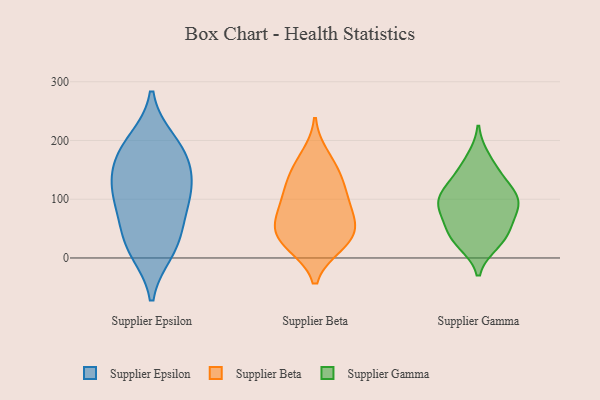
{"axis": {"x": "Bounce Rate (%)", "y": "Value"}, "legend": ["Supplier Beta", "Supplier Epsilon", "Supplier Gamma"], "data": [{"x": "", "y": 198, "type": "Supplier Epsilon"}, {"x": "", "y": 115, "type": "Supplier Epsilon"}, {"x": "", "y": 79, "type": "Supplier Epsilon"}, {"x": "", "y": 105, "type": "Supplier Epsilon"}, {"x": "", "y": 187, "type": "Supplier Epsilon"}, {"x": "", "y": 21, "type": "Supplier Epsilon"}, {"x": "", "y": 13, "type": "Supplier Epsilon"}, {"x": "", "y": 155, "type": "Supplier Epsilon"}, {"x": "", "y": 118, "type": "Supplier Epsilon"}, {"x": "", "y": 40, "type": "Supplier Epsilon"}, {"x": "", "y": 167, "type": "Supplier Epsilon"}, {"x": "", "y": 52, "type": "Supplier Beta"}, {"x": "", "y": 141, "type": "Supplier Beta"}, {"x": "", "y": 148, "type": "Supplier Beta"}, {"x": "", "y": 110, "type": "Supplier Beta"}, {"x": "", "y": 68, "type": "Supplier Beta"}, {"x": "", "y": 28, "type": "Supplier Beta"}, {"x": "", "y": 174, "type": "Supplier Beta"}, {"x": "", "y": 110, "type": "Supplier Beta"}, {"x": "", "y": 93, "type": "Supplier Beta"}, {"x": "", "y": 47, "type": "Supplier Beta"}, {"x": "", "y": 64, "type": "Supplier Beta"}, {"x": "", "y": 22, "type": "Supplier Beta"}, {"x": "", "y": 21, "type": "Supplier Beta"}, {"x": "", "y": 95, "type": "Supplier Gamma"}, {"x": "", "y": 51, "type": "Supplier Gamma"}, {"x": "", "y": 131, "type": "Supplier Gamma"}, {"x": "", "y": 144, "type": "Supplier Gamma"}, {"x": "", "y": 169, "type": "Supplier Gamma"}, {"x": "", "y": 26, "type": "Supplier Gamma"}, {"x": "", "y": 33, "type": "Supplier Gamma"}, {"x": "", "y": 71, "type": "Supplier Gamma"}, {"x": "", "y": 100, "type": "Supplier Gamma"}, {"x": "", "y": 96, "type": "Supplier Gamma"}, {"x": "", "y": 37, "type": "Supplier Gamma"}, {"x": "", "y": 108, "type": "Supplier Gamma"}, {"x": "", "y": 88, "type": "Supplier Gamma"}]}